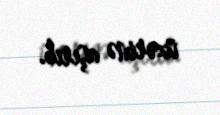
üzərinə aşırıb.